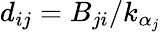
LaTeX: d_{ij}=B_{ji}/{k_{\alpha_{j}}}